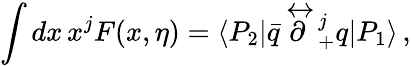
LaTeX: \int dx\, x^{j}F(x,\eta)=\langle P_{2}|\bar{q}\! \stackrel{\leftrightarrow}{\partial}{\! }_{+}^{j}q|P_{1}\rangle\, ,